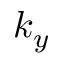
k _ { y }